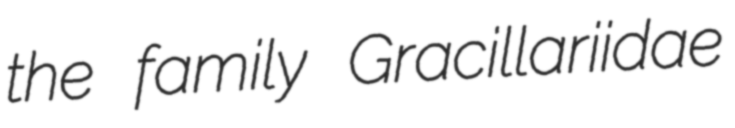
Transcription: the family Gracillariidae